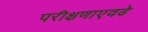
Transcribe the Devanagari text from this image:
परीक्षणाएवढे